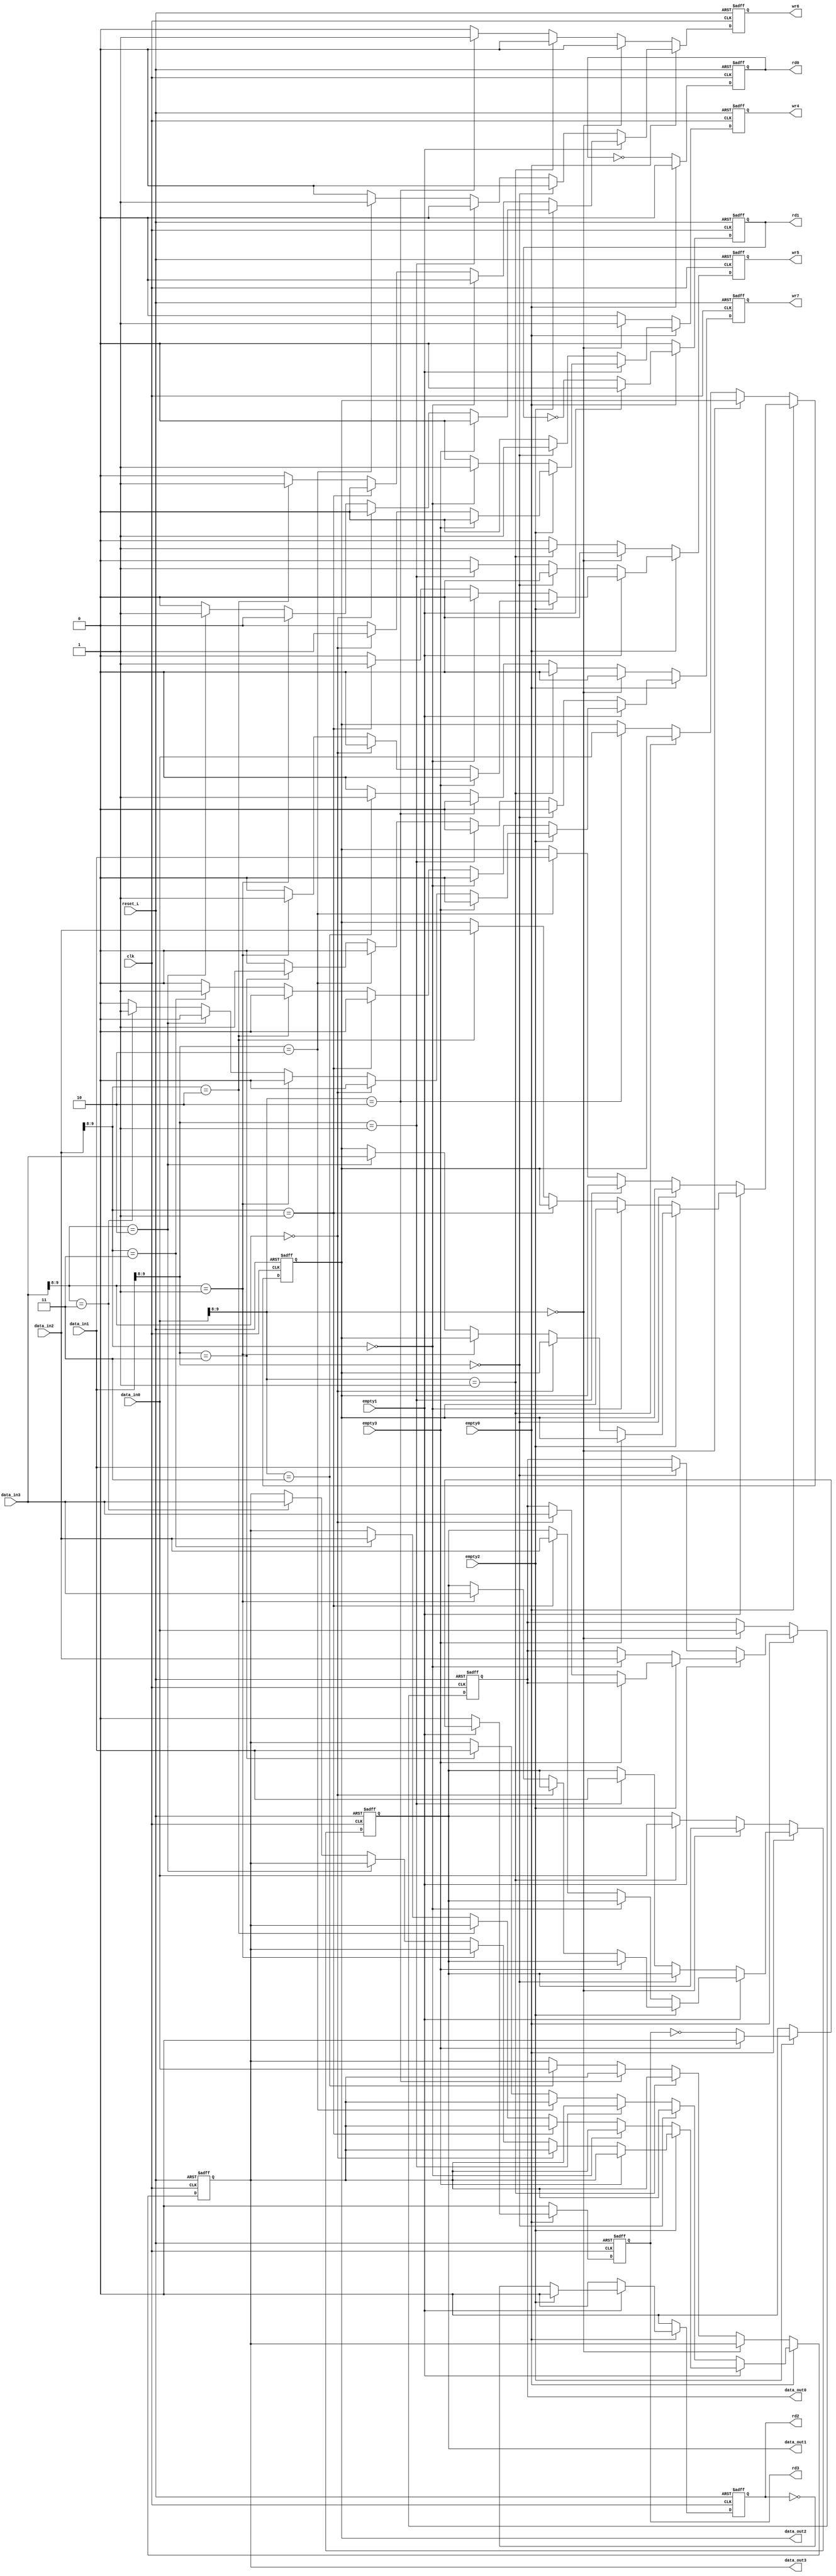
 module  arbitro( 
                  input clk,
                  input reset_L,

                  input [9:0] data_in0,
                  input [9:0] data_in1,
                  input [9:0] data_in2,
                  input [9:0] data_in3,

                  input empty0,
                  input empty1,
                  input empty2,
                  input empty3,
                  
                  output reg [9:0] data_out0,
                  output reg [9:0] data_out1,
                  output reg [9:0] data_out2,
                  output reg [9:0] data_out3,

                  output reg rd0,
                  output reg rd1,
                  output reg rd2,
                  output reg rd3,

                  output reg wr4,
                  output reg wr5,
                  output reg wr6,
                  output reg wr7
); 
reg [1:0] posicion;
//reg push0,push1, push2,push3,pop0, pop1,pop2,pop3;
//reg [1:0] contador,contador2,contador3,contador4,posicion;
//reg [6:0] prueba;
//reg [0:1] selector0,selector1,selector2,selector3;

   always @(posedge clk or negedge reset_L) begin
         //condicion reset negedge
         if(reset_L == 0) begin
            data_out0 <= 0;
            data_out1 <= 0;
            data_out2 <= 0;
            data_out3 <= 0;
            rd0<=0;
            rd1<=0;
            rd2<=0;
            rd3<=0;
            wr4<=0;
            wr5<=0;
            wr6<=0;
            wr7<=0;
            posicion <= 0;
         end else begin

            rd0<=0;
            rd1<=0;
            rd2<=0;
            rd3<=0;
            wr4<=0;
            wr5<=0;
            wr6<=0;
            wr7<=0;

            //primer vector fifo
            if (empty0 == 0) begin
            posicion<=data_in0[9:8];
            rd0<=~rd0;
               if(data_in0[9:8] == 0) begin
                  data_out0 <= data_in0;
                  wr4<=1;
               end else if (data_in0[9:8] == 1) begin
                  data_out1 <= data_in0;
                  wr5<=1;
               end else if (data_in0[9:8] == 2) begin
                  data_out2 <= data_in0;
                  wr6<=1;
               end else if (data_in0[9:8] == 3) begin
                  data_out3 <= data_in0;
                  wr7<=1;
               end
            end else //segundo vector fifo
            if (empty1 == 0) begin
            posicion<=data_in1 [9:8];
            rd1<=~rd1;
               if(data_in1 [9:8] == 0) begin
                  data_out0 <= data_in1;
                  wr4<=1;
               end else if (data_in1[9:8] == 1) begin
                  data_out1 <= data_in1;
                  wr5<=1;
               end else if (data_in1 [9:8] == 2) begin
                  data_out2 <= data_in1;
                  wr6<=1;
               end else if (data_in1[9:8] == 3) begin
                  data_out3 <= data_in1;
                  wr7<=1;
               end 
            end else //tercer vector fifo
            if (empty2 == 0) begin
            posicion<=data_in2 [9:8];
            rd2<=~rd2;
               if(data_in2 [9:8] == 0) begin
                  data_out0 <= data_in2;
                  wr4<=1;
               end else if (data_in2 [9:8] == 1) begin
                  data_out1 <= data_in2;
                  wr5<=1;
               end else if (data_in2 [9:8] == 2) begin
                  data_out2 <= data_in2;
                  wr6<=1;
               end else if (data_in2 [9:8] == 3)begin
                  data_out3 <= data_in2;
                  wr7<=1;
               end
            end else//cuarto vector fifo
            if (empty3 == 0) begin
            posicion<=data_in3 [9:8];
            rd3<=~rd3;
               if(data_in3 [9:8] == 0) begin
                  data_out0 <= data_in3;
                  wr4<=1;
               end else if (data_in3 [9:8] == 1)begin
                  data_out1 <= data_in3;
                  wr5<=1;
               end else if (data_in3 [9:8] == 2)begin
                  data_out2 <= data_in3;
                  wr6<=1;
               end else if (data_in3 [9:8] == 3)begin
                  data_out3 <= data_in3;
                  wr7<=1;
               end
         end
         /*if(empty0) begin
            rd0<=0;
            wr4<=0; 
         end
         if(empty1) begin
            rd1<=0;
            wr5<=0;
         end
         if(empty2) begin
            rd2<=0;
            wr6<=0;
         end
         if(empty3) begin
            rd3<=0;
            wr7<=0;
         end*/
         //fin de los ifs
      end //fin del reset
   end //fin del always
endmodule